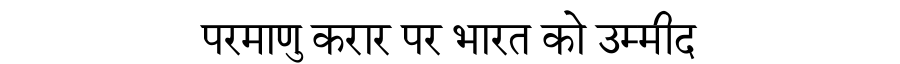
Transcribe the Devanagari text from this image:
परमाणु करार पर भारत को उम्मीद